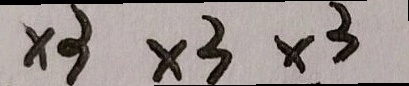
\times 3 \times 3 \times 3